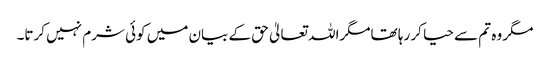
مگر وہ تم سے حیا کر رہا تھامگراللہ تعالیٰ حق کے بیان میں کوئی شرم نہیں کرتا۔